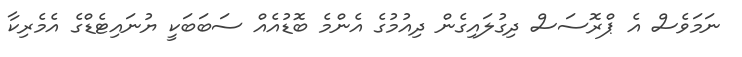
ނަމަވެސް އެ ޕްރޮސަސް ދިގުލައިގެން ދިއުމުގެ އެންމެ ބޮޑުއެއް ސަބަބަކީ ޔުނައިޓެޑްގެ އެމެރިކާ